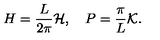
H = \frac { L } { 2 \pi } { \cal H } , \quad P = \frac { \pi } { L } { \cal K } .